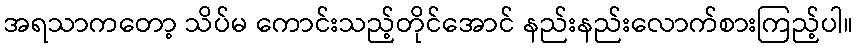
အရသာကတော့ သိပ်မ ကောင်းသည့်တိုင်အောင် နည်းနည်းလောက်စားကြည့်ပါ။